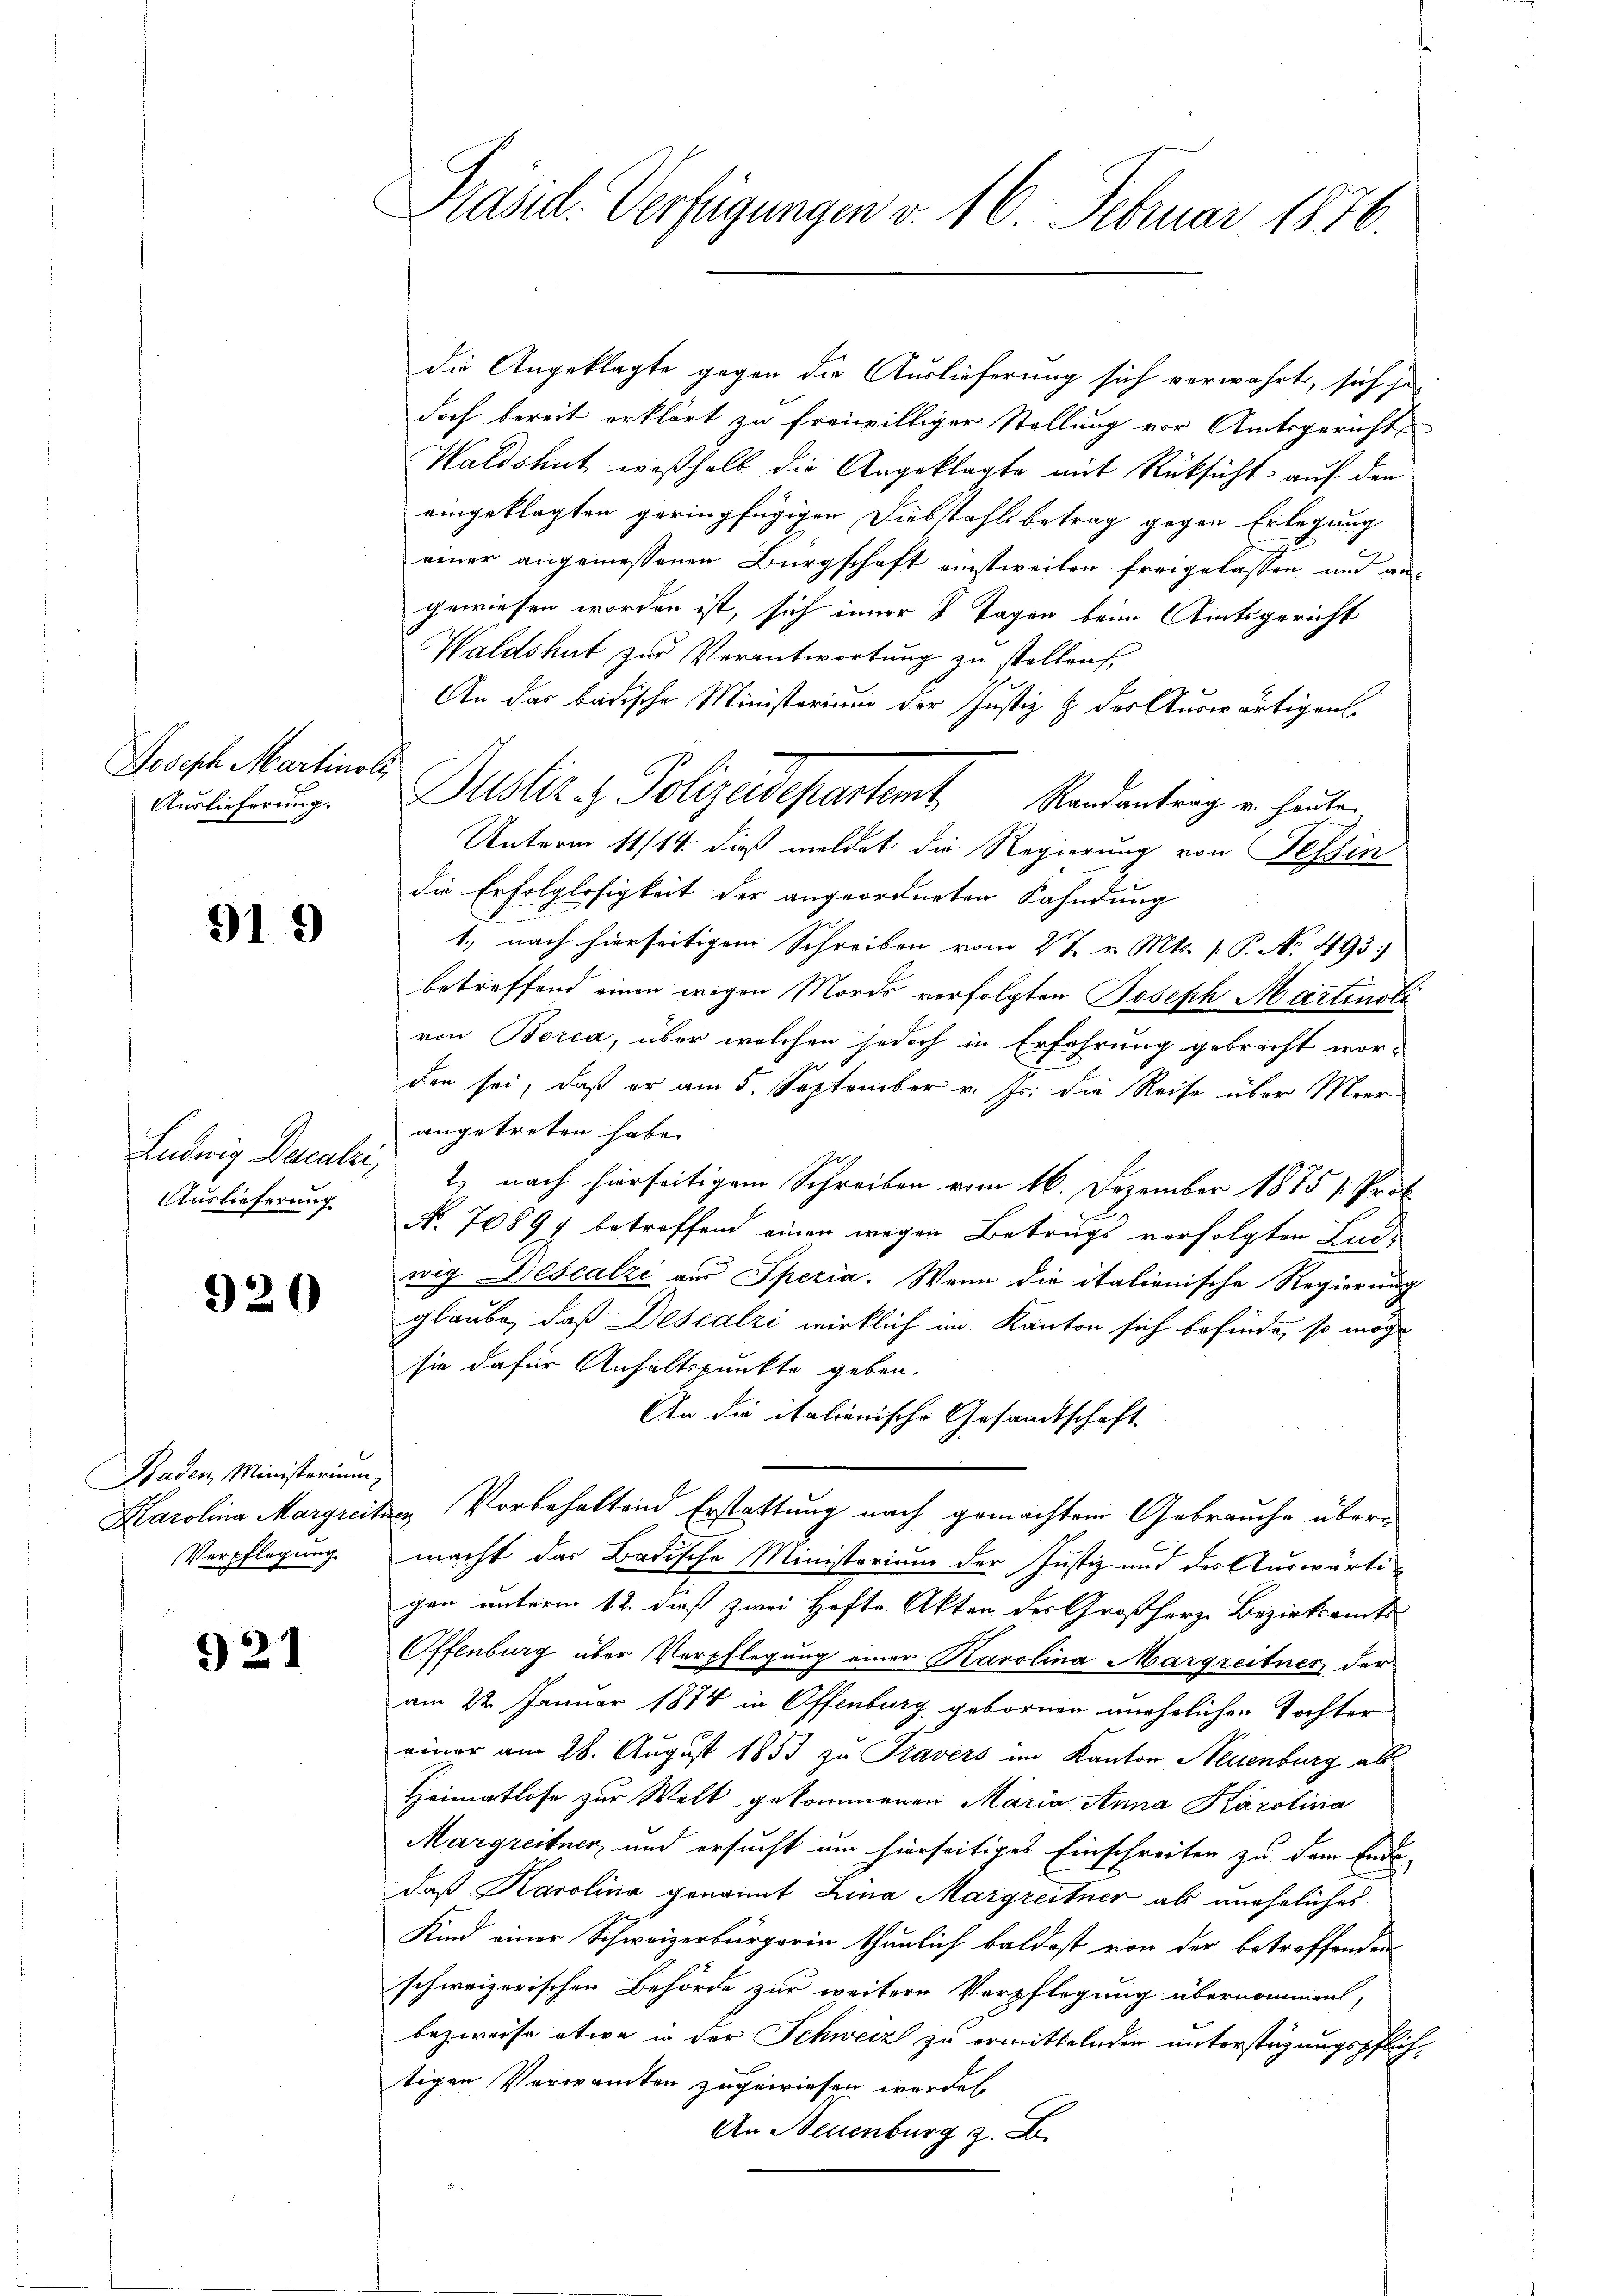
Joseph Martinoli
Auslieferung.

919

Auslieferung

920

Baden, Ministerium
Verpflegung

921

Präsid. Verfügungen v. 16. Februar 1876.

die Angeklagte gegen die Auslieferung sich verwahrt, sich se
doch bereit erklärt zu freiwilliger Stellung vor Amtsgericht
Waldshut, weßhalb die Angeklagte mit Rücksicht auf den
eingeklagten geringfügigen Diebstahlsbetrag gegen Erlegung
einer angemessenen Bürgschaft einstweilen freigelassen und angewiesen worden ist, sich inner 8 Tagen beim Amtsgericht
Waldshut zur Verantwortung zu stellen,
An das badische Ministerium der Justiz & des Auswärtigent
Unterm 11/14. dieß meldet die Regierung von Tessin
die Erfolglosigkeit der angeordneten Kahndung
1., nach hierseitigem Schreiben vom 27 v. Mts. 1. P. No. 493.
betreffend einen wegen Mords verfolgten Joseph Martinoti
von Borca, über welchen jedoch in Erfahrung gebracht worden sei, daß er am 5. September v. Js. die Reise über Meer
angetreten habe.
9
Ludwig Dacalz, 2 nach hierseitigem Schreiben vom 16. Dezember 1885 1. Prof.
N. 70897 betreffend einen wegen Betrugs verfolgten Ludwig Descalzi aus Spezia. Wenn die italienische Regierung
glaube, daß Descalzi wirklich im Kanton sich befinde, so mög
sie dafür Anhaltspunkte geben.
An die italienische Gesandtschaft
Karolina Margreiten Vorbehaltend Erstattung nach gemachtem Gebrauche übermacht das Badische Ministorium der Justiz und des Auswärtigen unterm 12. dieß zwei Hefte Akten des Großherz Bezirksamts
Offenburg über Verpflegung einer Karolina Margreitner der
am 22. Januar 1874 in Offenburg gebornen unehelichen Tochter
einer am 28. August 1853 zu Travers im Kanton Neuenburg als
Heimatlose zur Welt gekommenen Maria Anna Karolina
Margreitner und ersucht um hierseitiges Einschreiten zu dem Ende-
daß Karolina genannt Lina Margreitner ab uneheliches
Kind einer Schweizerbürgerin thunlich baldest von der betreffenden
schweizerischen Behörde zur weitere Verpflegung übernommen,
bezweise etwa in der Schweiz zu ermittelnden unterstüzungspflichtigen Verwandten zugewiesen werden
An Neuenburg z. B.

Justiz & Polizeidepartent, Randantrag u. heute.